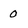
Character: 0